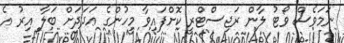
ނަމަވެސް ވޯޓު ލާން ރަޖިސްޓްރީ ކޮށްފައިވާ މީހުންގެ ޢަދަދަށް ބަލާ އިރު އެ